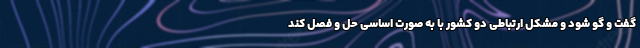
گفت و گو شود و مشکل ارتباطی دو کشور با به صورت اساسی حل و فصل کند